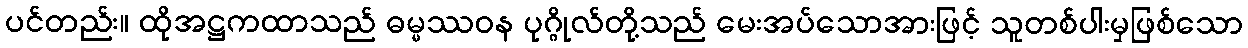
ပင်တည်း။ ထိုအဋ္ဌကထာသည် ဓမ္မဿဝန ပုဂ္ဂိုလ်တို့သည် မေးအပ်သောအားဖြင့် သူတစ်ပါးမှဖြစ်သော